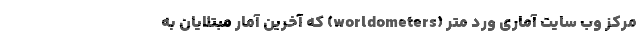
مرکز وب سایت آماری ورد متر (worldometers) که آخرین آمار مبتلایان به